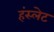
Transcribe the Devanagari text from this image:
हंस्लेट